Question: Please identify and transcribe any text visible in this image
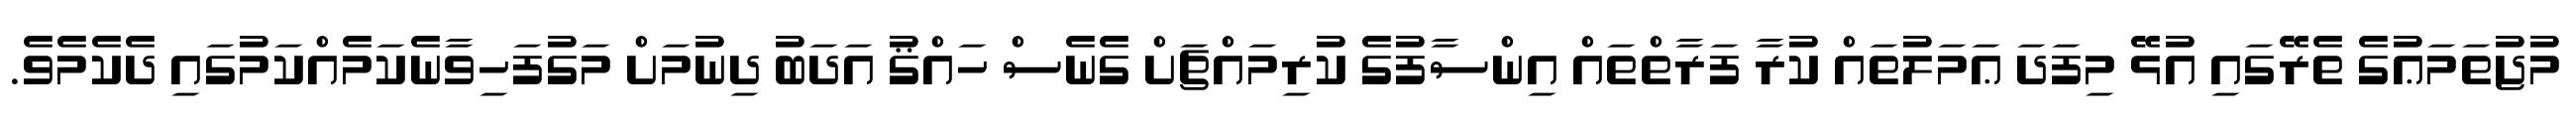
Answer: މުޖުތަމަޢުގެ ތެރޭގައި އުޅޭ މިފަދަ ޢަމަލުތައް ކުރާ ފަރާތްތައް އިންސާފުގެ ކުރިމައްޗަށް ގެނެސް ހައްޤު އަދަބު ދިނުމަށް މަގުފަހިވާނެކަމެއްކަމުގައި ދެކެމެވެ.